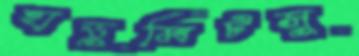
হাডুমিটসু